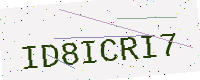
Text: ID8ICRI7